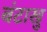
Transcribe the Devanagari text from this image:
बंटाखु